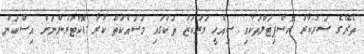
ތެރޭގެ ސަރުކާރު ހޮސްޕިޓަލްތަކާއި ސިއްހީ މަރުކަޒު ތަކުގައި މަސައްކަތް ކުރާ ޑޮކްޓަރުންނަށް އިސްކަން